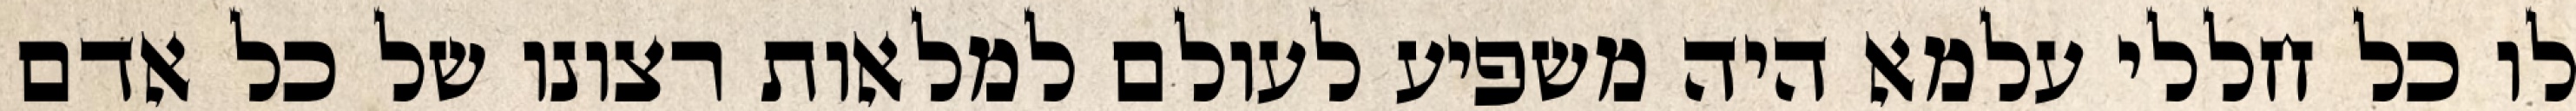
לו כל חללי עלמא היה משפיע לעולם למלאות רצונו של כל אדם